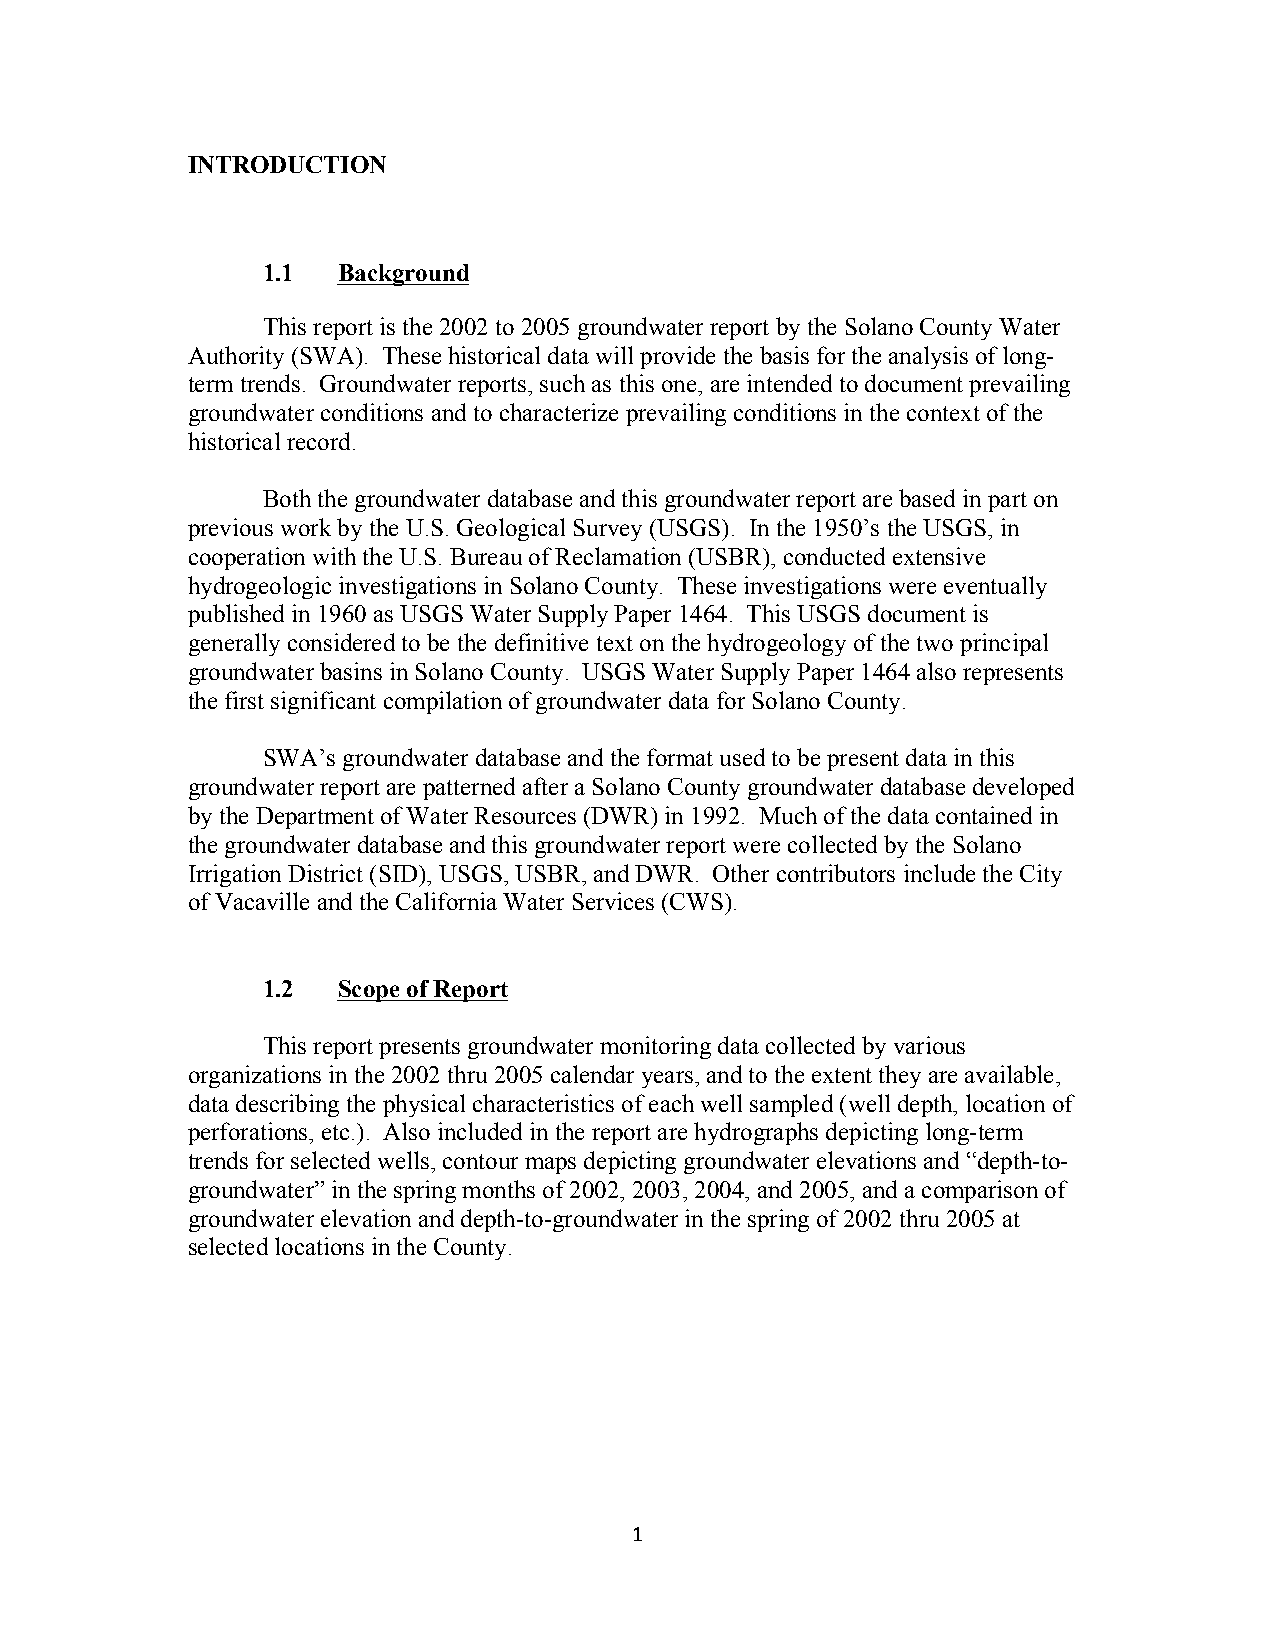
INTRODUCTION
 1.1  Background
 This report is the 2002 to 2005 groundwater report by the Solano County Water
 Authority (SWA). These historical data will provide the basis for the analysis of long-
 term trends. Groundwater reports, such as this one, are intended to document prevailing
 groundwater conditions and to characterize prevailing conditions in the context of the
 historical record.
 Both the groundwater database and this groundwater report are based in part on
 previous work by the U.S. Geological Survey (USGS). In the 1950’s the USGS, in
 cooperation with the U.S. Bureau of Reclamation (USBR), conducted extensive
 hydrogeologic investigations in Solano County. These investigations were eventually
 published in 1960 as USGS Water Supply Paper 1464. This USGS document is
 generally considered to be the definitive text on the hydrogeology of the two principal
 groundwater basins in Solano County. USGS Water Supply Paper 1464 also represents
 the first significant compilation of groundwater data for Solano County.
 SWA’s groundwater database and the format used to be present data in this
 groundwater report are patterned after a Solano County groundwater database developed
 by the Department of Water Resources (DWR) in 1992. Much of the data contained in
 the groundwater database and this groundwater report were collected by the Solano
 Irrigation District (SID), USGS, USBR, and DWR. Other contributors include the City
 of Vacaville and the California Water Services (CWS).
 1.2  Scope of Report
 This report presents groundwater monitoring data collected by various
 organizations in the 2002 thru 2005 calendar years, and to the extent they are available,
 data describing the physical characteristics of each well sampled (well depth, location of
 perforations, etc.). Also included in the report are hydrographs depicting long-term
 trends for selected wells, contour maps depicting groundwater elevations and “depth-to-
 groundwater” in the spring months of 2002, 2003, 2004, and 2005, and a comparison of
 groundwater elevation and depth-to-groundwater in the spring of 2002 thru 2005 at
 selected locations in the County.
 1